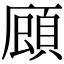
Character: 𮨇